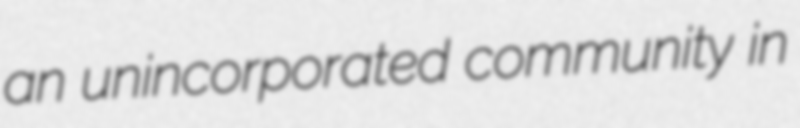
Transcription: an unincorporated community in